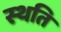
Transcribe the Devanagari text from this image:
स्‍थति